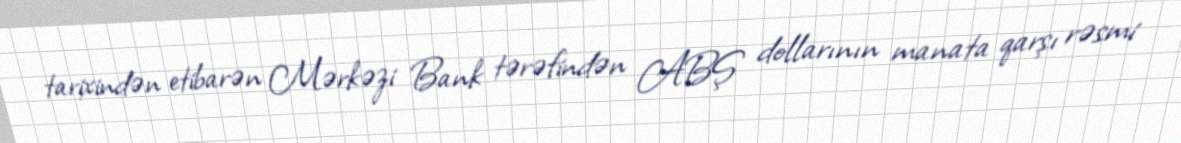
tarixindən etibarən Mərkəzi Bank tərəfindən ABŞ dollarının manata qarşı rəsmi